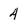
Character: 4